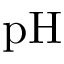
\mathrm { p H }